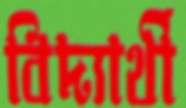
বিদ্যার্থী